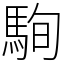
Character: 駨